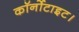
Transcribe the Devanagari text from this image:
कॉर्नोटाइट।